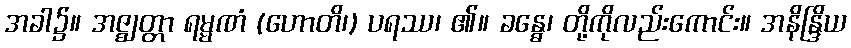
အခါ၌။ အဇ္ဈတ္တာ ရမ္မဏံ (ဟောတိ၊) ပရဿ၊ ၏။ ခန္ဓေ၊ တို့ကိုလည်းကောင်း။ အနိန္ဒြိယ